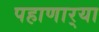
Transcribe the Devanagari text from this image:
पहाणार्‍या